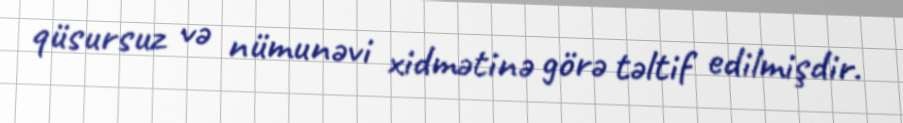
qüsursuz və nümunəvi xidmətinə görə təltif edilmişdir.